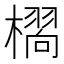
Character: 𭬆